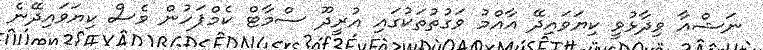
ނަޝްއާ ވިދާޅުވީ ކިޔަވައިދޭ އާއްމު ވަގުތުތަކުގައި އުރީދޫ ސްމާޓް ކެމްޕަހުން ވެސް ކިޔަވައިދޭނެ